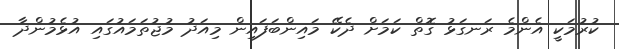
ކުރުމަކީ އެންމެ ރަނގަޅު ގޮތް ކަމަށް ދެކޭ މައިންބަފައިން މިއަދު މުޖުތަމައުގައި އުޅެމުންދާ